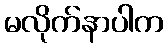
မလိုက်နာပါက